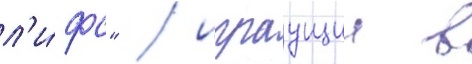
л'и́фс" / играущии в